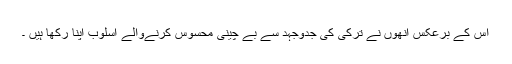
اس کے برعکس انھوں نے ترکی کی جدوجہد سے بے چینی محسوس کرنےوالے اسلوب اپنا رکھا ہیں ۔